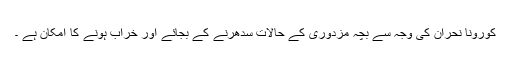
کورونا نحران کی وجہ سے بچہ مزدوری کے حالات سدھرنے کے بجائے اور خراب ہونے کا امکان ہے ۔